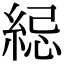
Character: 䋟